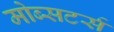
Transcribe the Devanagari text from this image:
मोब्सटर्स